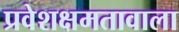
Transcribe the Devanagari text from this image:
प्रवेशक्षमतावाला